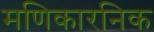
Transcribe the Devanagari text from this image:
मणिकारनिक